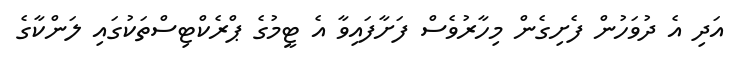
އަދި އެ ދުވަހުން ފެށިގެން މިހާރުވެސް ފަށާފައިވާ އެ ޓީމުގެ ޕްރެކްޓިސްތަކުގައި ލަންކާގެ